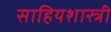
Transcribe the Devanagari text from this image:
साहियशास्त्री